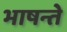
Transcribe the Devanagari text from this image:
भाषन्ते